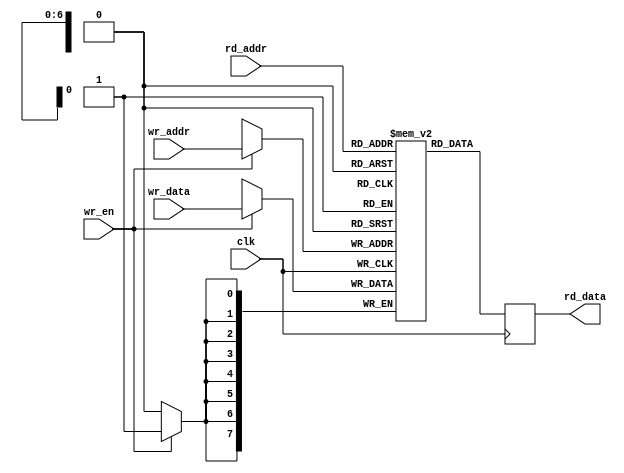

module Ram 
#(
  parameter WIDTH=8,
  parameter DEPTH=128
)
(
  input                        clk       ,
  input                        wr_en     ,            
  input   [$clog2(DEPTH)-1:0]  wr_addr   ,
  input   [WIDTH-1:0]          wr_data   ,
  input   [$clog2(DEPTH)-1:0]  rd_addr   ,
  output  [WIDTH-1:0]          rd_data
);

reg [WIDTH-1:0] mem [0:DEPTH-1];
reg [WIDTH-1:0] rd_data_reg;

// memeroy write
always@(posedge clk) begin
  if(wr_en) begin
    mem[wr_addr] <= wr_data;
  end
end

//memory read
always @(posedge clk) begin
  rd_data_reg <= mem[rd_addr];
end

assign rd_data = rd_data_reg;

endmodule

//  instantiation
/*  

Ram
#( 
  .WIDTH(8),
  .DEPTH(128)
)
Ram_inst
(
  .clk       (clk      ),     
  .wr_en     (wr_en    ),
  .wr_addr   (wr_addr  ),
  .wr_data   (wr_data  ),
  .rd_addr   (rd_addr  ),
  .rd_data   (rd_data  )
);

*/